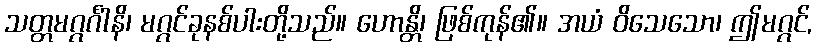
သတ္တမဂ္ဂင်္ဂါနိ၊ မဂ္ဂင်ခုနစ်ပါးတို့သည်။ ဟောန္တိ၊ ဖြစ်ကုန်၏။ အယံ ဝိသေသော၊ ဤမဂ္ဂင်,